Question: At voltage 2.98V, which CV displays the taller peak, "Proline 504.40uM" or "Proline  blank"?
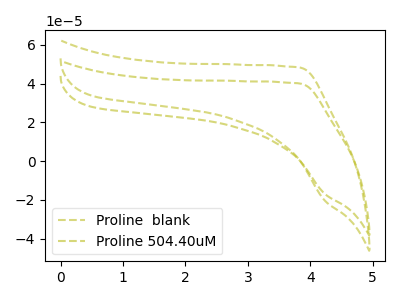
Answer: <think>The olive dashed curve "Proline  blank" has no peaks. The olive dashed curve "Proline 504.40uM" has no peaks.</think>
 <answer>"Proline 504.40uM" and "Proline  blank" dont share a peak at 2.98V.</answer>
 <eval>mismatch</eval>